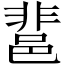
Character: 𨛬